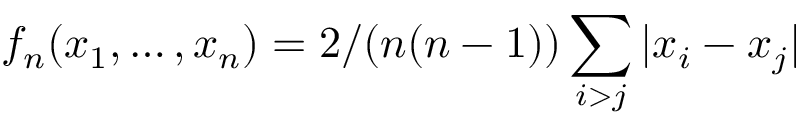
f _ { n } ( x _ { 1 } , \ldots , x _ { n } ) = 2 / ( n ( n - 1 ) ) \sum _ { i > j } | x _ { i } - x _ { j } |